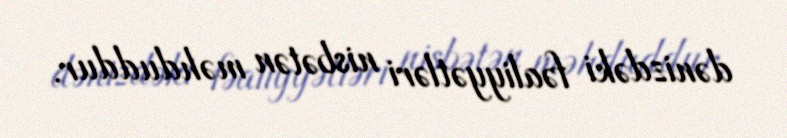
dənizdəki fəaliyyətləri nisbətən məhduddur.